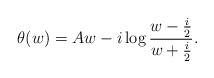
LaTeX: \begin{align*}\theta(w)=Aw-i \log{w-{i\over 2} \over w+{i\over 2}}.\end{align*}